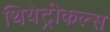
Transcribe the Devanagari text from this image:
थियेट्रीकल्स